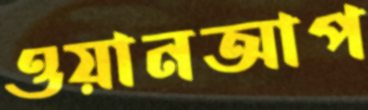
ওয়ানআপ